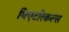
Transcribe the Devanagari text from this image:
थिएटरिकल्स